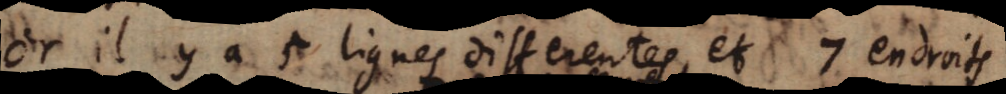
et il y a 5 lignes differentes, et 7 endroits